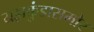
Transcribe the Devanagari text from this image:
यज्ञकुंडासमोर